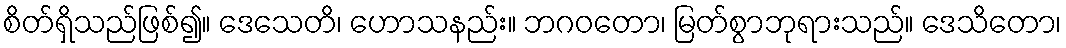
စိတ်ရှိသည်ဖြစ်၍။ ဒေသေတိ၊ ဟောသနည်း။ ဘဂဝတော၊ မြတ်စွာဘုရားသည်။ ဒေသိတော၊